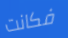
فكانت